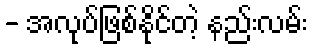
- အလုပ်ဖြစ်နိုင်တဲ့ နည်းလမ်း